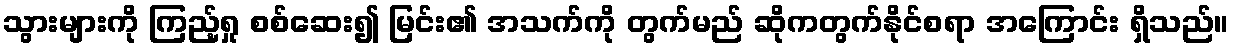
သွားများကို ကြည့်ရှု စစ်ဆေး၍ မြင်း၏ အသက်ကို တွက်မည် ဆိုကတွက်နိုင်စရာ အကြောင်း ရှိသည်။